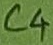
Text: C4